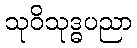
သုဝိသုဒ္ဓပညာ